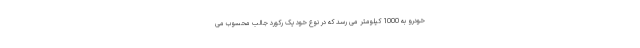
خودرو به 1000 کیلومتر می رسد که در نوع خود یک رکورد جالب محسوب می